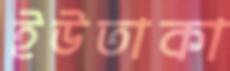
ইউতাকা